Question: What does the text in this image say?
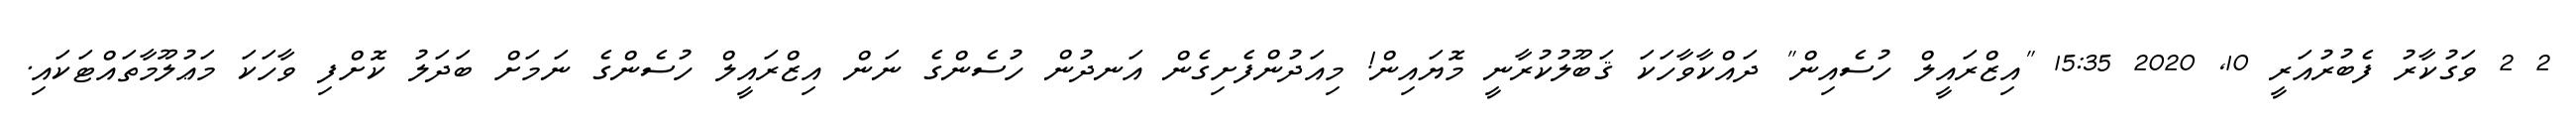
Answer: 2 2 ވަގުކާރު ފެބުރުއަރީ 10, 2020 15:35 "އިޒްރައީލް ހުސެއިން" ދައްކާވާހަކަ ޤަބޫލުކުރާނީ މޮޔައިން! މިއަދުންފެށިގެން އަނދުން ހުސެންގެ ނަން އިޒްރައީލް ހުސެންގެ ނަމަށް ބަދަލު ކޮށްފި ވާހަކަ މަޢުލޫމާތައްޓަކައި.